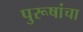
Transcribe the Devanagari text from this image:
पुरूषांचा